Causation and prevention of malarial fevers: a statement of the results of researches drawn up for the use of assistant surgeons, hospital assistants and students
Disease focus: Malaria
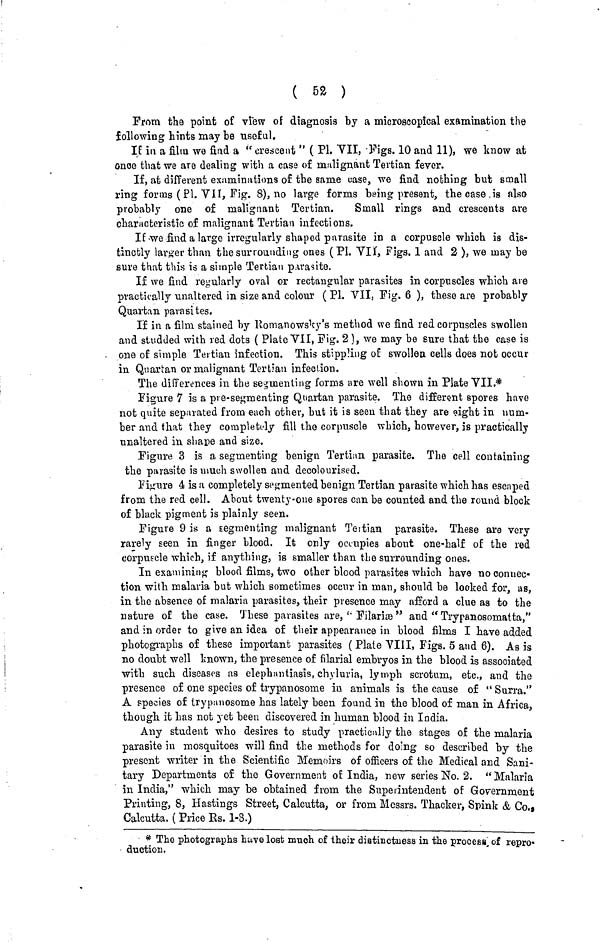
( 52 )
Prom the point of view of diagnosis by a microscopical examination the
following hints may be useful.
IE in a film we find a " crescent " ( Pl. "VII, 'Figs. 10 and 11), we know at
once that we are dealing with a case of malignant Tertian fever.
If, at different examinations of the same case, we find nothing but small
ring forms (Pl. VII, Fig. 8), no large forms being present, the case is also
probably one of malignant Tertian.
Small rings and crescents are
characteristic of malignant Tertian infections.
If we find a large irregularly shaped parasite in a corpuscle which is dis-
tinctly larger than the surrounding ones (Pl. VII, Figs. 1 and 2 ), we may be
sure that this is a simple Tertian parasite.
If we find regularly oval or rectangular parasites in corpuscles which are
practically unaltered in size and colour ( Pl. VII, Fig. 6 ), these are probably
Quartan parasites.
If in a film stained by Romanowsky's method we find red corpuscles swollen
and studded with red dots ( Plate VII, Fig. 2), we may be sure that the case is
. one of simple Tertian infection. This stippling of swollen cells does not occur
in Quartan or malignant Tertian infection.
The differences in the segmenting forms are well shown in Plate VII.*
Figure 7 is a pve-segmenting Quartan parasite. The different spores have
not quite separated from each other, but it is seen that they are eight in num-
ber and that they completely fill the corpuscle which, however, is practically
unaltered in shape and size.
Figure 3 is a segmenting benign Tertian parasite. The cell containing
the parasite is much swollen and decolourised.
Figure 4 is a completely segmented benign Tertian parasite which has escaped
from the red cell. About twenty-one spores can be counted and the round block
of black pigment is plainly seen.
Figure 9 is a segmenting malignant Tertian parasite. These are very
rarely seen in finger blood. It only occupies about one-half of the red
corpuscle which, if anything, is smaller than the surrounding ones.
In examining blood films, two other blood parasites which have no connec-
tion with malaria but which sometimes occur in man, should be looked for, as,
in the absence of malaria parasites, their presence may afford a clue as to the
nature of the case. These parasites are, "Filariæ" and " Trypanosomatta,"
and in order to give an idea of their appearance in blood films I have added
photographs of these important parasites ( Plate VIII, Figs. 5 and 6). As is
no doubt well known, the presence of filarial embryos in the blood is associated
with such diseases as elephantiasis, chyluria, lymph scrotum, etc., and the
presence of one species of trypanosome in animals is the cause of " Surra."
A species of trypanosome has lately been found in the blood of man in Africa,
though it has not yet been discovered in human blood in India.
Any student who desires to study practically the stages of the malaria
parasite in mosquitoes will find the methods for doing so described by the
present writer in the Scientific Memoirs of officers of the Medical and Sani-
tary Departments of the Government of India, new series No. 2. "Malaria
in India," which may be obtained from the Superintendent of Government
Printing, 8, Hastings Street, Calcutta, or from Messrs. Thacker, Spink & Co.,
Calcutta. ( Price Rs. 1-8.)
* The photographs have lost much of their distinctness in the process of repro-
duction.